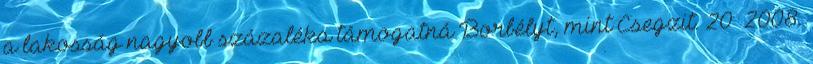
a lakosság nagyobb százaléka támogatná Borbélyt, mint Csegzit. 20 2008.